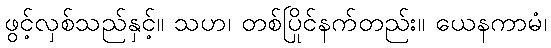
ဖွင့်လှစ်သည်နှင့်။ သဟ၊ တစ်ပြိုင်နက်တည်း။ ယေနကာမံ၊